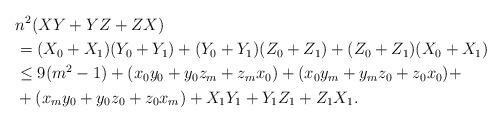
LaTeX: \begin{align*}& n^{2}(XY+YZ+ZX)\\& =(X_{0}+X_{1})(Y_{0}+Y_{1})+(Y_{0}+Y_{1})(Z_{0}+Z_{1})+(Z_{0}+Z_{1})(X_{0}+X_{1})\\& \leq9(m^{2}-1)+(x_{0}y_{0}+y_{0}z_{m}+z_{m}x_{0})+(x_{0}y_{m}+y_{m}z_{0}+z_{0}x_{0})+\\& +(x_{m}y_{0}+y_{0}z_{0}+z_{0}x_{m})+X_{1}Y_{1}+Y_{1}Z_{1}+Z_{1}X_{1}.\end{align*}